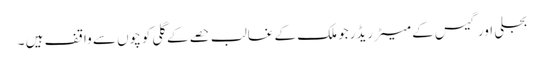
بجلی اور گیس کے میٹر ریڈرجو ملک کے غالب حصے کے گلی کوچوں سے واقف ہیں ۔